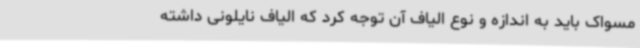
مسواک باید به اندازه و نوع الیاف آن توجه کرد که الیاف نایلونی داشته